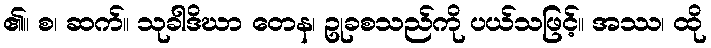
၏။ စ၊ ဆက်။ သုခါဒိဃာ တေန၊ ဥုခစသည်ကို ပယ်သဖြင့်။ အဿ၊ ထို